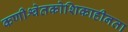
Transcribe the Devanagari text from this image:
कणीश्वेतकोशिकाहीनता